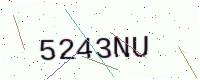
Text: 5243NU